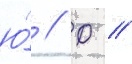
ю́ // Ф //